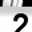
Digit: 2